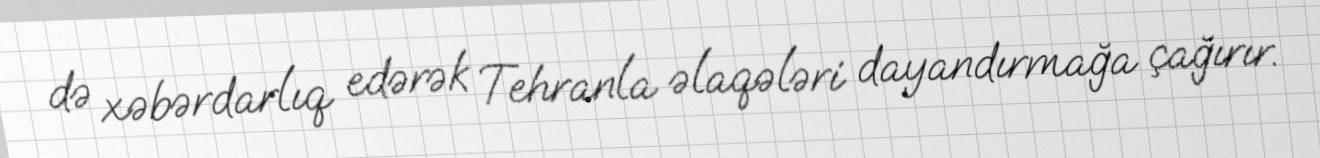
də xəbərdarlıq edərək Tehranla əlaqələri dayandırmağa çağırır.